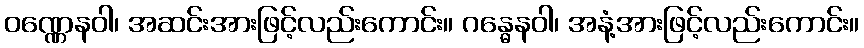
ဝဏ္ဏေနဝါ၊ အဆင်းအားဖြင့်လည်းကောင်း။ ဂန္ဓေနဝါ၊ အနံ့အားဖြင့်လည်းကောင်း။